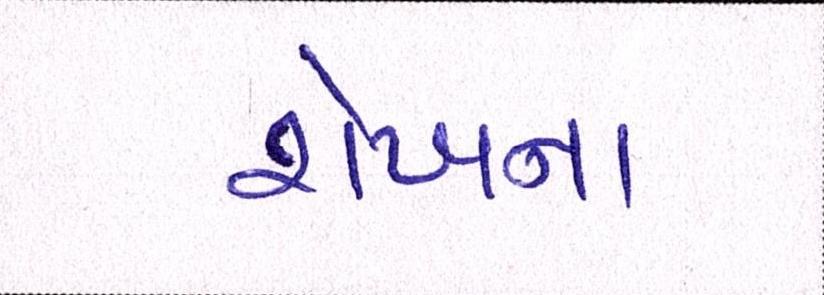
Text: શેખના